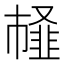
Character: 䪟